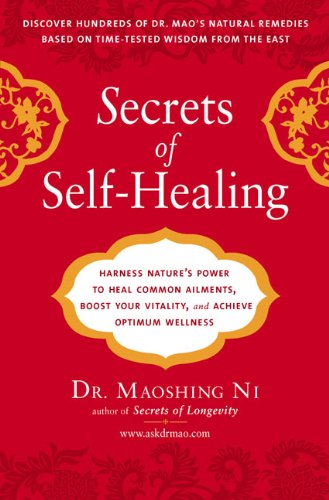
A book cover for Secrets of Self-Healing: Harness Nature's Power to Heal Common Ailments, Boost Your Vitality,and Achieve Optimum Wellness; Maoshing Ni; Health, Fitness & Dieting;